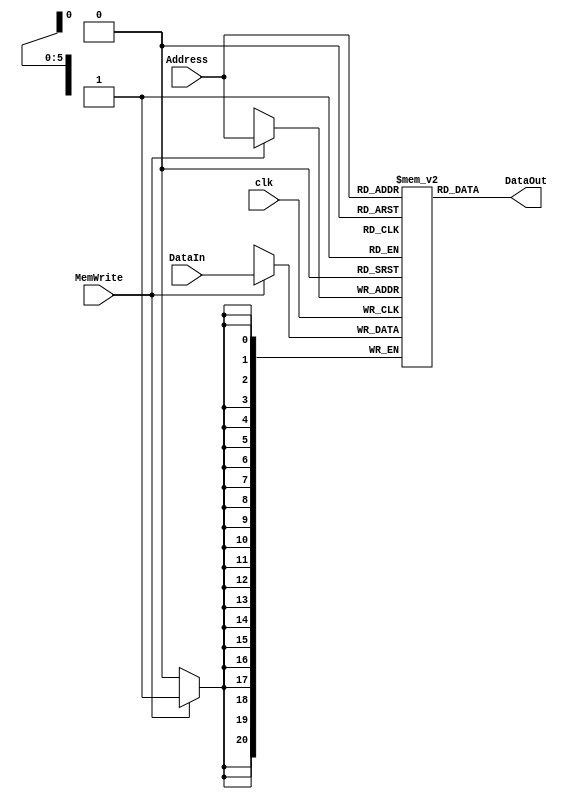
`timescale 1ns / 1ps
module DataMem #(parameter WIDTH=21, ADDR_BITS=6)(
    input wire [ADDR_BITS-1:0] Address,
    input wire [WIDTH-1:0] DataIn,
    output wire [WIDTH-1:0] DataOut,
    input wire clk,
    input wire MemWrite
    );
	 
	 reg [WIDTH-1:0] DM [(2**ADDR_BITS)-1:0];
	 always @ (posedge clk)
	 if (MemWrite)
	 DM[Address] <= DataIn;
	 assign DataOut = DM[Address];
endmodule